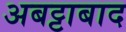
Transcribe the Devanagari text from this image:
अबट्टाबाद